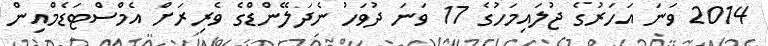
2014 ވަނަ އަހަރުގެ ޖުލައިމަހުގެ 17 ވަނަ ދުވަހު ނެދަލޭންޑްގެ ވެރިރަށް އެމްސްޓަޑެމްއިން